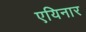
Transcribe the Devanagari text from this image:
एयिनार